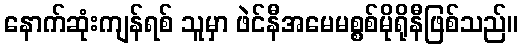
နောက်ဆုံးကျန်ရစ် သူမှာ ဖဲင်နီအမေမစ္စစ်မိုရိုနီဖြစ်သည်။